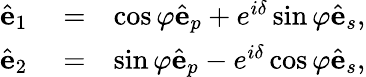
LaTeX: \begin{array}{rlr}{\hat{\mathbf e}_{1}}&{{}=}&{\cos\varphi\hat{\mathbf e}_{p}+e^{i\delta}\sin\varphi\hat{\mathbf e}_{s},}\\ {\hat{\mathbf e}_{2}}&{{}=}&{\sin\varphi\hat{\mathbf e}_{p}-e^{i\delta}\cos\varphi\hat{\mathbf e}_{s},}\end{array}